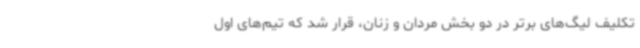
تکلیف لیگ‌های برتر در دو بخش مردان و زنان، قرار شد که تیم‌های اول